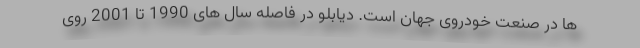
ها در صنعت خودروی جهان است. دیابلو در فاصله سال های 1990 تا 2001 روی